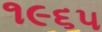
૧૯૬૫